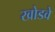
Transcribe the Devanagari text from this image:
खोडवे